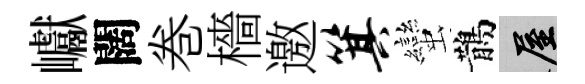
巘闊巻檣邀箕蠻鵲屋